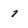
Character: 7